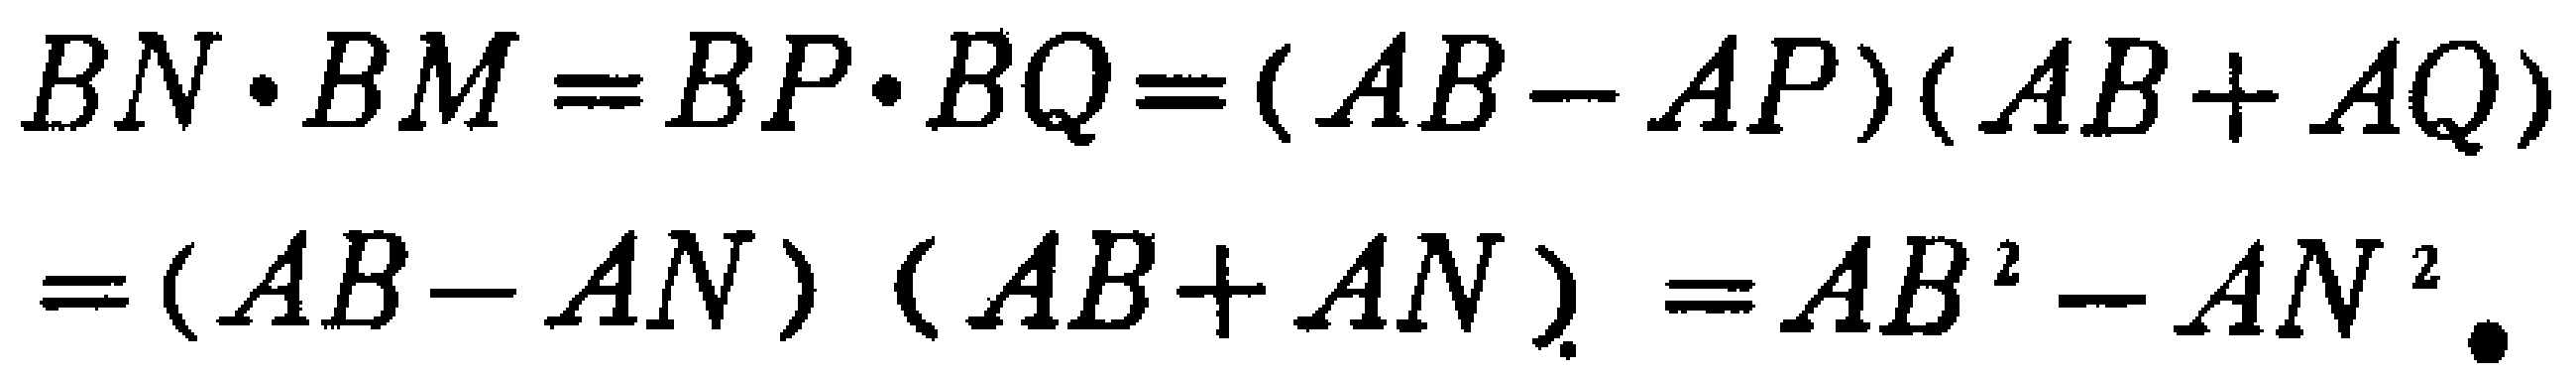
\[

\begin{align*}

BN\cdot BM&=BP\cdot BQ=(AB - AP)(AB + AQ)\\

&=(AB - AN)(AB + AN)=AB^{2}-AN^{2}.

\end{align*}

\]